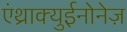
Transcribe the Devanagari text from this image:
एंथ्राक्युईनोनेज़